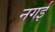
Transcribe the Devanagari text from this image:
नगई